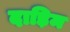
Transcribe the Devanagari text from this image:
दाड़िम